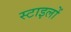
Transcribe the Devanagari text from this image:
स्टाइलों